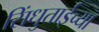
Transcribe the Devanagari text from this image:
सिंधुताईंच्या